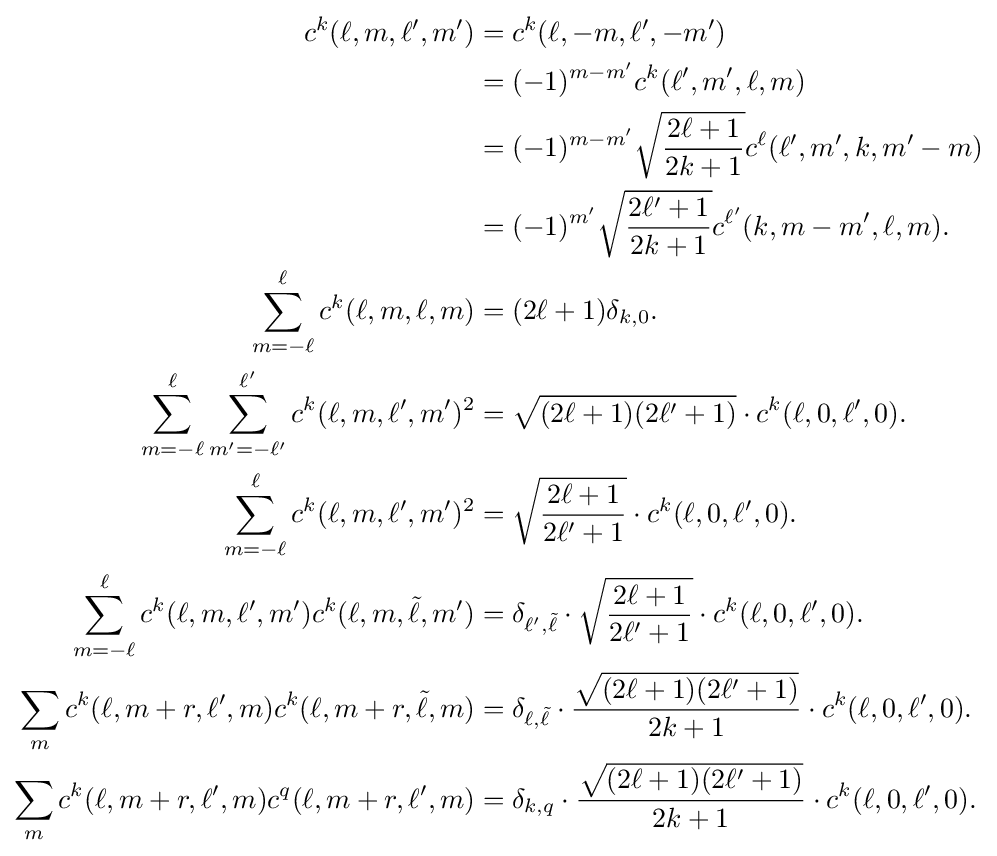
{\begin{aligned}c^{k}(\ell ,m,\ell ',m')&=c^{k}(\ell ,-m,\ell ',-m')\\&=(-1)^{m-m'}c^{k}(\ell ',m',\ell ,m)\\&=(-1)^{m-m'}{\sqrt {\frac {2\ell +1}{2k+1}}}c^{\ell }(\ell ',m',k,m'-m)\\&=(-1)^{m'}{\sqrt {\frac {2\ell '+1}{2k+1}}}c^{\ell '}(k,m-m',\ell ,m).\\\sum _{m=-\ell }^{\ell }c^{k}(\ell ,m,\ell ,m)&=(2\ell +1)\delta _{k,0}.\\\sum _{m=-\ell }^{\ell }\sum _{m'=-\ell '}^{\ell '}c^{k}(\ell ,m,\ell ',m')^{2}&={\sqrt {(2\ell +1)(2\ell '+1)}}\cdot c^{k}(\ell ,0,\ell ',0).\\\sum _{m=-\ell }^{\ell }c^{k}(\ell ,m,\ell ',m')^{2}&={\sqrt {\frac {2\ell +1}{2\ell '+1}}}\cdot c^{k}(\ell ,0,\ell ',0).\\\sum _{m=-\ell }^{\ell }c^{k}(\ell ,m,\ell ',m')c^{k}(\ell ,m,{\tilde {\ell }},m')&=\delta _{\ell ',{\tilde {\ell }}}\cdot {\sqrt {\frac {2\ell +1}{2\ell '+1}}}\cdot c^{k}(\ell ,0,\ell ',0).\\\sum _{m}c^{k}(\ell ,m+r,\ell ',m)c^{k}(\ell ,m+r,{\tilde {\ell }},m)&=\delta _{\ell ,{\tilde {\ell }}}\cdot {\frac {\sqrt {(2\ell +1)(2\ell '+1)}}{2k+1}}\cdot c^{k}(\ell ,0,\ell ',0).\\\sum _{m}c^{k}(\ell ,m+r,\ell ',m)c^{q}(\ell ,m+r,\ell ',m)&=\delta _{k,q}\cdot {\frac {\sqrt {(2\ell +1)(2\ell '+1)}}{2k+1}}\cdot c^{k}(\ell ,0,\ell ',0).\end{aligned}}